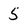
Character: 5